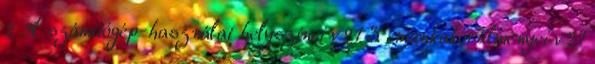
2 A számítógép-használat helyszínei v21 3 , munkakörülményei v21